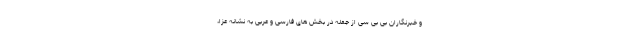
و خبرنگاران بی بی سی از جمله در بخش های فارسی و عربی به نشانه عزا،